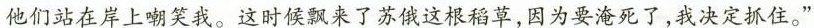
他们站在岸上嘲笑我。这时候飘来了苏俄这根稻草，因为要淹死了，我决定抓住。”